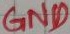
Text: GND